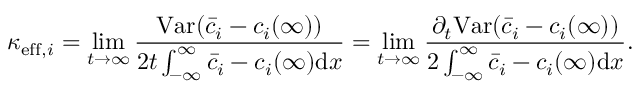
\kappa _ { \mathrm { e f f } , i } = \operatorname* { l i m } _ { t \rightarrow \infty } \frac { \mathrm { V a r } ( \bar { c } _ { i } - c _ { i } ( \infty ) ) } { 2 t \int _ { - \infty } ^ { \infty } \bar { c } _ { i } - c _ { i } ( \infty ) \mathrm { d } x } = \operatorname* { l i m } _ { t \rightarrow \infty } \frac { \partial _ { t } \mathrm { V a r } ( \bar { c } _ { i } - c _ { i } ( \infty ) ) } { 2 \int _ { - \infty } ^ { \infty } \bar { c } _ { i } - c _ { i } ( \infty ) \mathrm { d } x } .